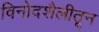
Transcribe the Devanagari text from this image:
विनोदशैलीतून